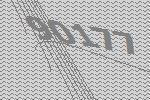
90177